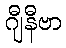
ဂျီနီဗာ